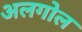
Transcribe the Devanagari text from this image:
अलगोल